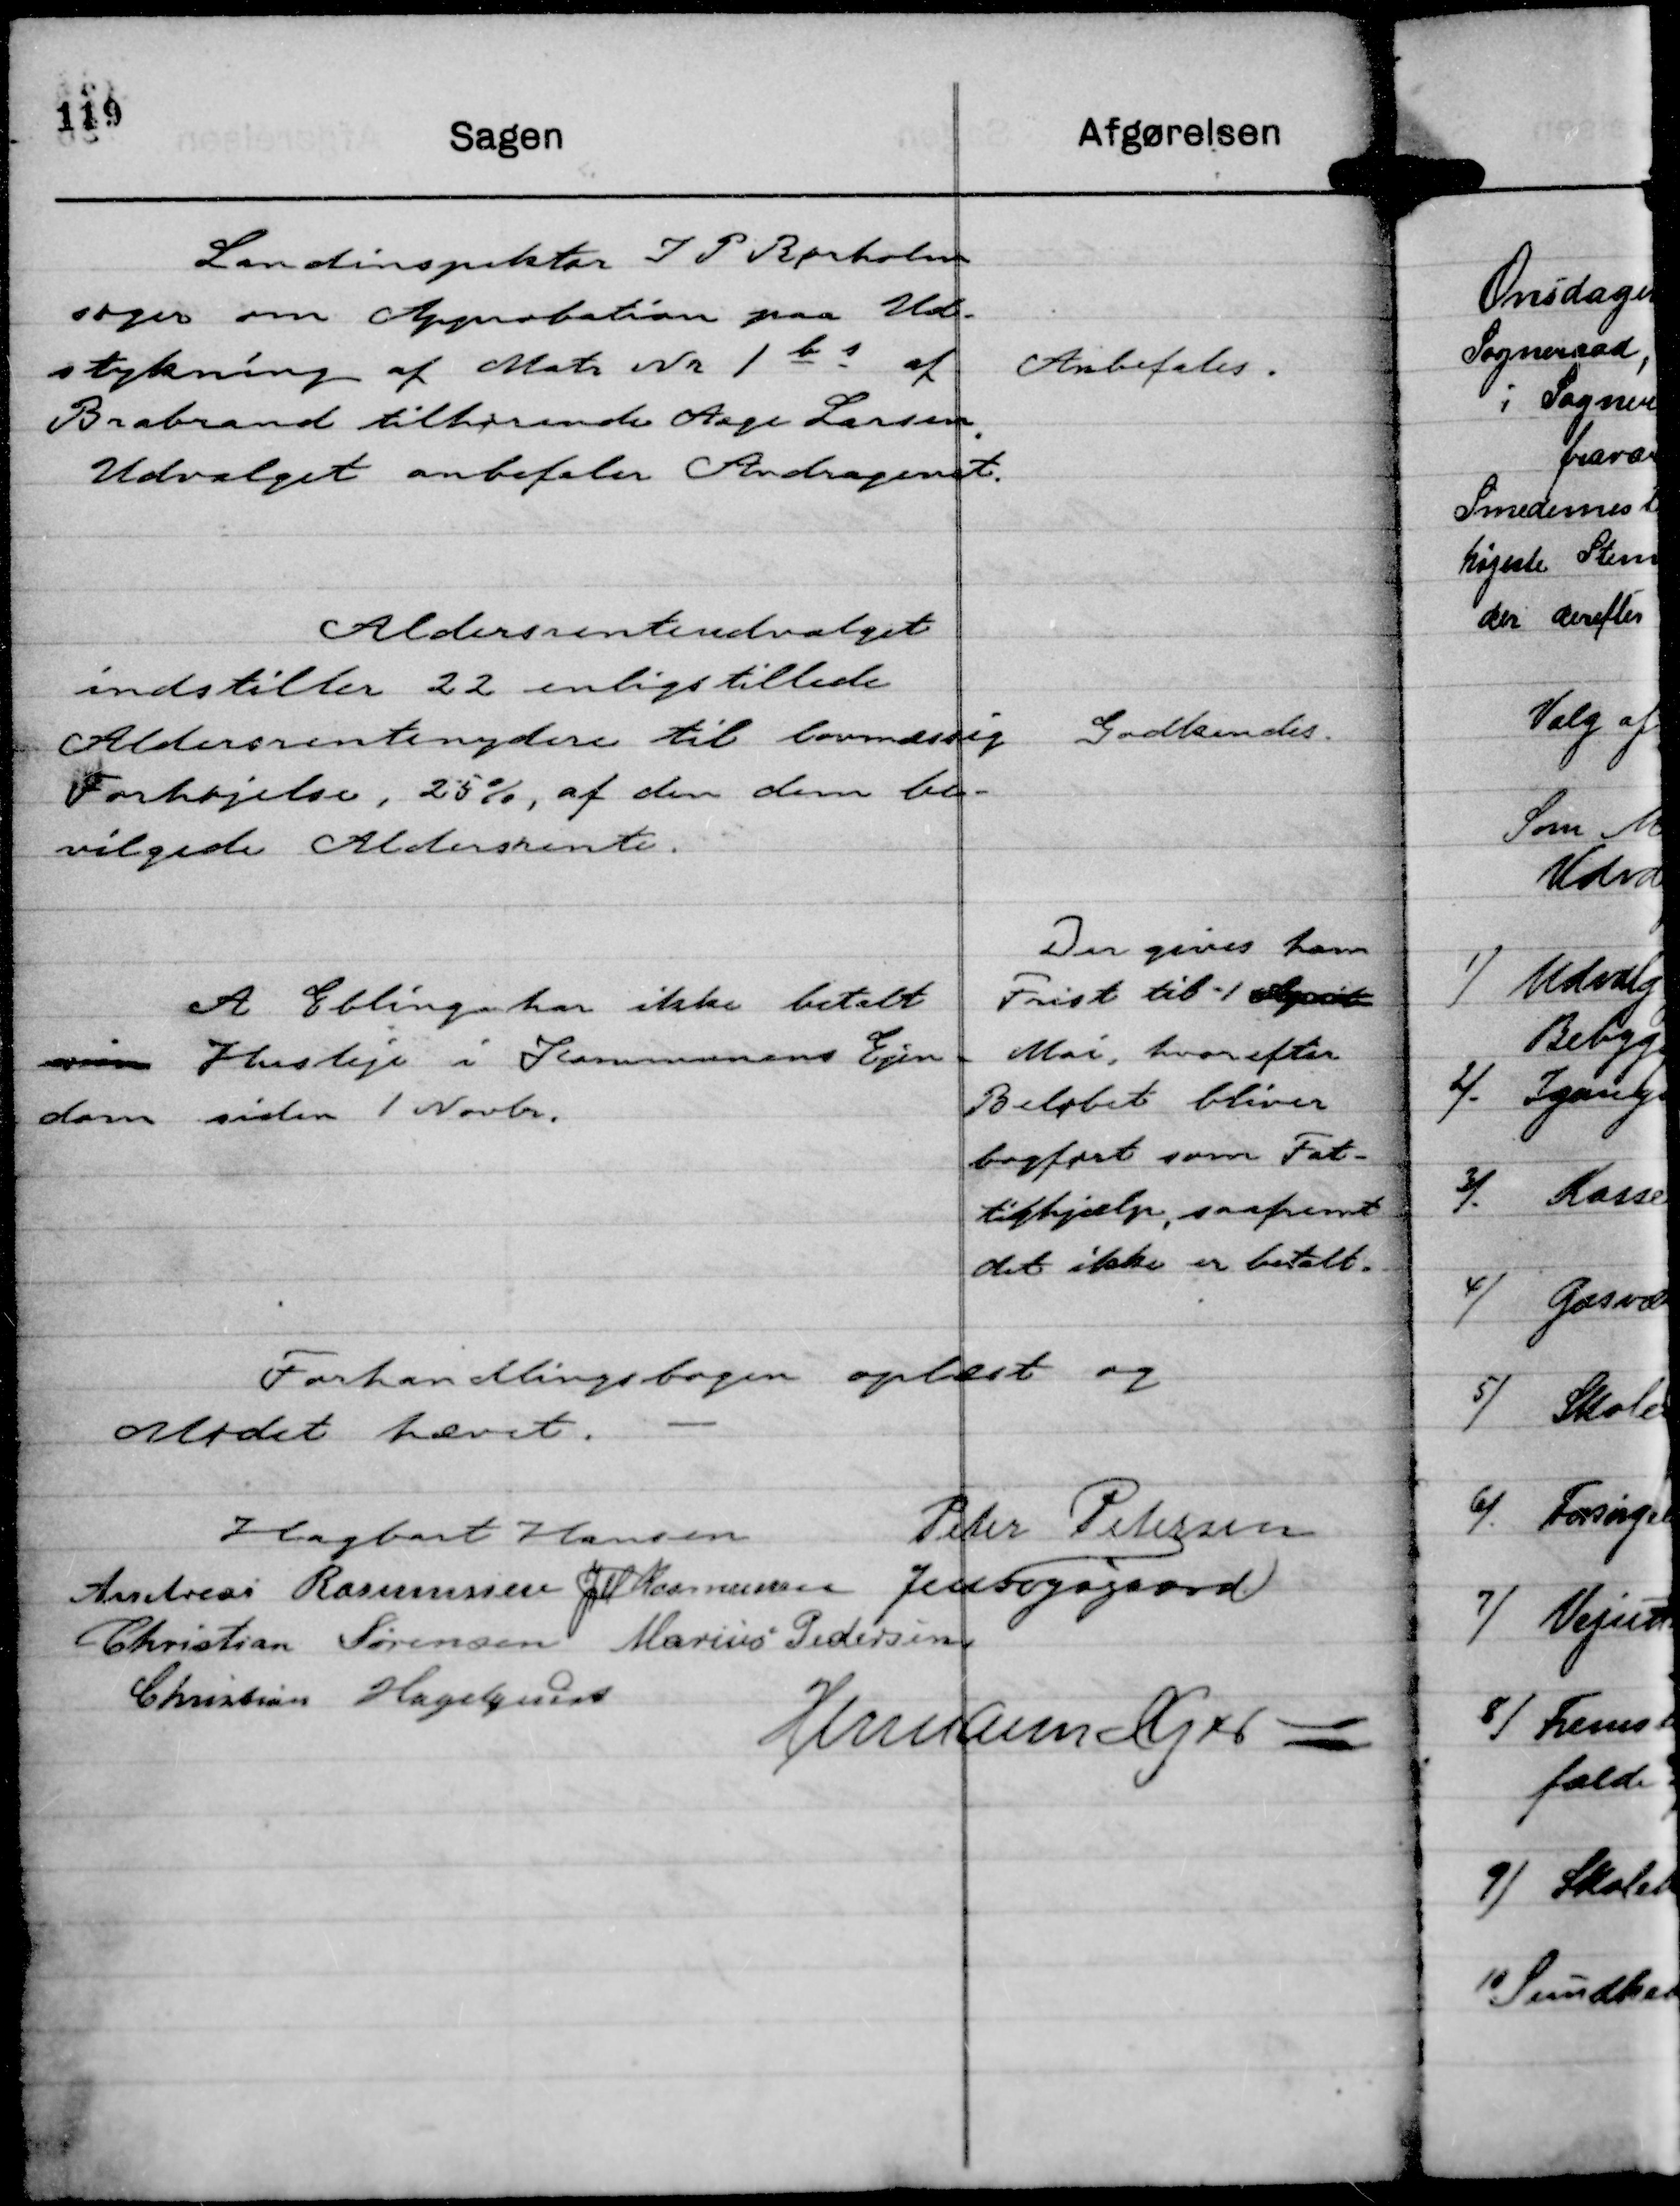
Transskription:
Landinspektør J P Rørholm
søger om Approbation paa Ud-
stykning af Matr Nr 1 b s af
Brabrand tilhørende Aage Larsen.
Udvalget anbefaler Andragendet.

Anbefales.

Aldersrenteudvalget
indstiller 22 enligstillede
Aldersrentenydere til lovmæssig
Forhøjelse, 25 %, af den dem be-
vilgede Aldersrente.

Godkendes.

A Ebling har ikke betalt
sin Husleje i Kommunens Ejen-
dom siden 1 Novbr.

Der gives ham
Frist til - 1 April
Mai, hvorefter
Beløbet bliver
bogført som Fat-
tighjælp, saafremt
det ikke er betalt.

Forhandlingsbogen oplæst og
Mødet hævet.
Hagbart Hansen
Peter Petersen
Andreas Rasmussen
JM Rasmussen
Jens Fogsgaard
Christian Sørensen
Marius Pedersen,
Christian Hagelquist
Hermann Kjær